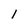
Character: 1